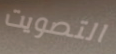
التصويت